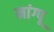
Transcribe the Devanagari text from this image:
मांग्पू